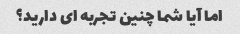
اما آیا شما چنین تجربه ای دارید؟